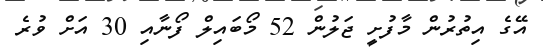
އޭގެ އިތުރުން މާފުށީ ޖަލުން 52 މޯބައިލް ފޯނާއި 30 އަށް ވުރެ